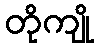
တိုကျို